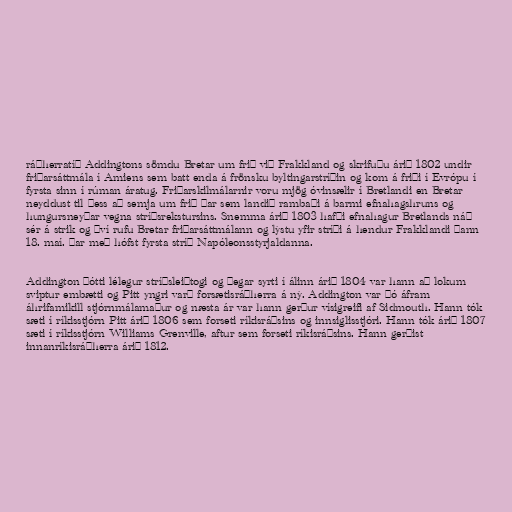
ráðherratíð Addingtons sömdu Bretar um frið við Frakkland og skrifuðu árið 1802 undir
friðarsáttmála í Amiens sem batt enda á frönsku byltingarstríðin og kom á friði í Evrópu í
fyrsta sinn í rúman áratug. Friðarskilmálarnir voru mjög óvinsælir í Bretlandi en Bretar
neyddust til þess að semja um frið þar sem landið rambaði á barmi efnahagshruns og
hungursneyðar vegna stríðsrekstursins. Snemma árið 1803 hafði efnahagur Bretlands náð
sér á strik og því rufu Bretar friðarsáttmálann og lýstu yfir stríði á hendur Frakklandi þann
18. maí. Þar með hófst fyrsta stríð Napóleonsstyrjaldanna.

Addington þótti lélegur stríðsleiðtogi og þegar syrti í álinn árið 1804 var hann að lokum
sviptur embætti og Pitt yngri varð forsætisráðherra á ný. Addington var þó áfram
áhrifamikill stjórnmálamaður og næsta ár var hann gerður vísigreifi af Sidmouth. Hann tók
sæti í ríkisstjórn Pitt árið 1806 sem forseti ríkisráðsins og innsiglisstjóri. Hann tók árið 1807
sæti í ríkisstjórn Williams Grenville, aftur sem forseti ríkisráðsins. Hann gerðist
innanríkisráðherra árið 1812.